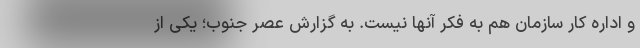
و اداره کار سازمان هم به فکر آنها نیست. به گزارش عصر جنوب؛ یکی از